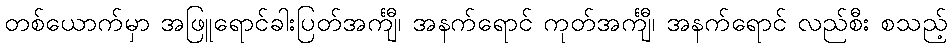
တစ်ယောက်မှာ အဖြူရောင်ခါးပြတ်အင်္ကျီ၊ အနက်ရောင် ကုတ်အင်္ကျီ၊ အနက်ရောင် လည်စီး စသည့်